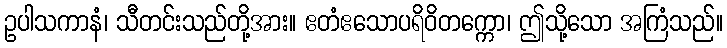
ဥပါသကာနံ၊ သီတင်းသည်တို့အား။ ဧတံဧသောပရိဝိတက္ကော၊ ဤသို့သော အကြံသည်။